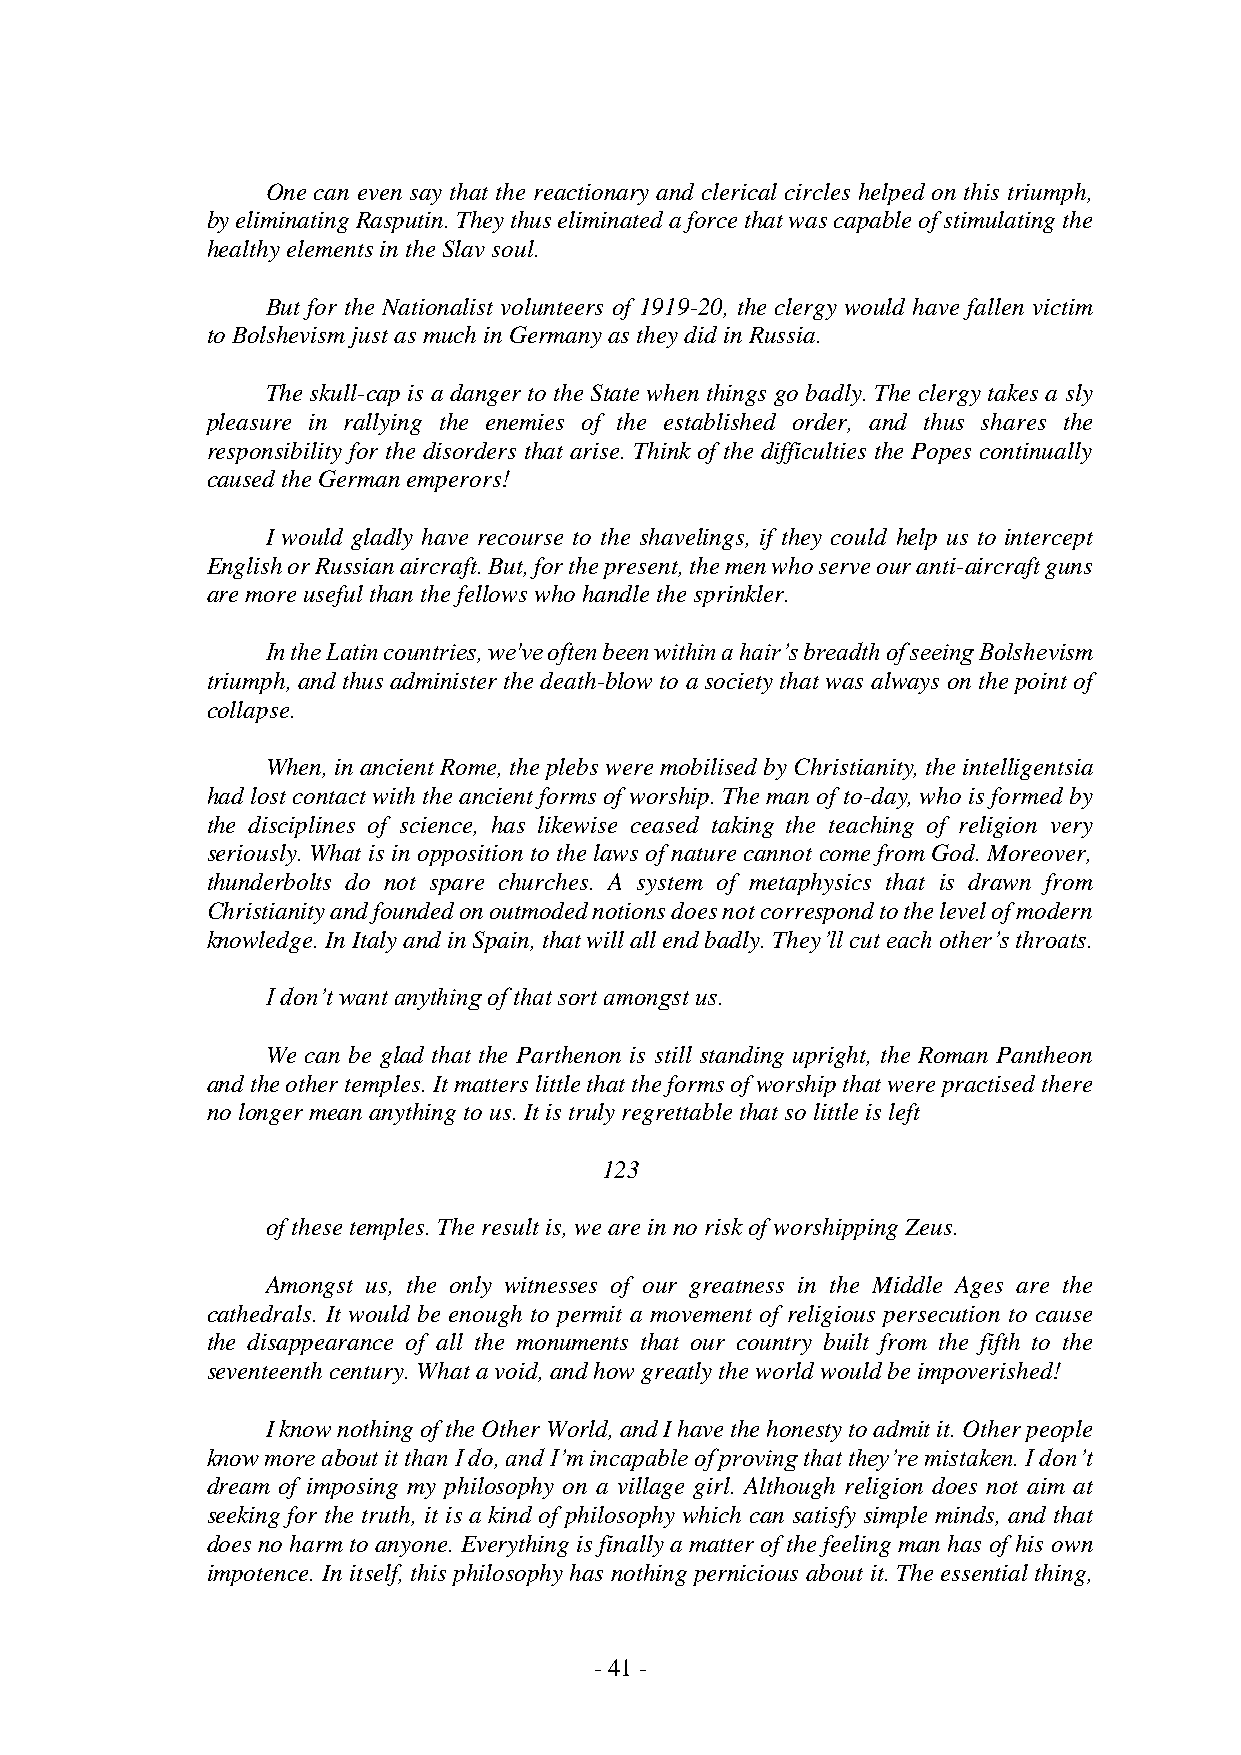
One can even say that the reactionary and clerical circles helped on this triumph,
 by eliminating Rasputin. They thus eliminated a force that was capable of stimulating the
 healthy elements in the Slav soul.
 But for the Nationalist volunteers of 1919-20, the clergy would have fallen victim
 to Bolshevism just as much in Germany as they did in Russia.
 The skull-cap is a danger to the State when things go badly. The clergy takes a sly
 pleasure in rallying the enemies of the established order, and thus shares the
 responsibility for the disorders that arise. Think of the difficulties the Popes continually
 caused the German emperors!
 I would gladly have recourse to the shavelings, if they could help us to intercept
 English or Russian aircraft. But, for the present, the men who serve our anti-aircraft guns
 are more useful than the fellows who handle the sprinkler.
 In the Latin countries, we've often been within a hair’s breadth of seeing Bolshevism
 triumph, and thus administer the death-blow to a society that was always on the point of
 collapse.
 When, in ancient Rome, the plebs were mobilised by Christianity, the intelligentsia
 had lost contact with the ancient forms of worship. The man of to-day, who is formed by
 the disciplines of science, has likewise ceased taking the teaching of religion very
 seriously. What is in opposition to the laws of nature cannot come from God. Moreover,
 thunderbolts do not spare churches. A system of metaphysics that is drawn from
 Christianity and founded on outmoded notions does not correspond to the level of modern
 knowledge. In Italy and in Spain, that will all end badly. They’ll cut each other’s throats.
 I don’t want anything of that sort amongst us.
 We can be glad that the Parthenon is still standing upright, the Roman Pantheon
 and the other temples. It matters little that the forms of worship that were practised there
 no longer mean anything to us. It is truly regrettable that so little is left
 123
 of these temples. The result is, we are in no risk of worshipping Zeus.
 Amongst us, the only witnesses of our greatness in the Middle Ages are the
 cathedrals. It would be enough to permit a movement of religious persecution to cause
 the disappearance of all the monuments that our country built from the fifth to the
 seventeenth century. What a void, and how greatly the world would be impoverished!
 I know nothing of the Other World, and I have the honesty to admit it. Other people
 know more about it than I do, and I’m incapable of proving that they’re mistaken. I don’t
 dream of imposing my philosophy on a village girl. Although religion does not aim at
 seeking for the truth, it is a kind of philosophy which can satisfy simple minds, and that
 does no harm to anyone. Everything is finally a matter of the feeling man has of his own
 impotence. In itself, this philosophy has nothing pernicious about it. The essential thing,
 - 41 -